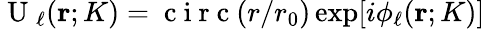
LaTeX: \mathrm{~U~}_{\ell}({\mathbf r};K)=\mathrm{~c~i~r~c~}(r/r_{0})\exp[i\phi_{\ell}({\mathbf r};K)]